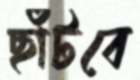
ছাঁটবে